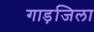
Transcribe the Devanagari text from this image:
गाड़जिला